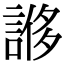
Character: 𧩀